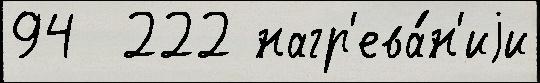
94  222 нагр'ева́н'иjи